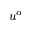
u ^ { \alpha }